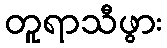
တူရာသီဖွား